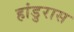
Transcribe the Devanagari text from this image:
हांडुरास